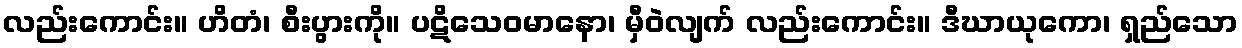
လည်းကောင်း။ ဟိတံ၊ စီးပွားကို။ ပဋိသေဝမာနော၊ မှီဝဲလျက် လည်းကောင်း။ ဒီဃာယုကော၊ ရှည်သော